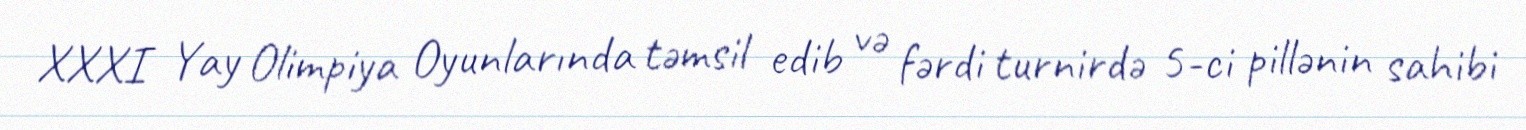
XXXI Yay Olimpiya Oyunlarında təmsil edib və fərdi turnirdə 5-ci pillənin sahibi